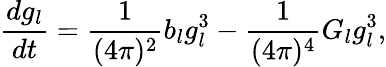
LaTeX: \frac{dg_{l}}{dt}=\frac{1}{(4\pi)^{2}}b_{l}g_{l}^{3}-\frac{1}{(4\pi)^{4}}G_{l}g_{l}^{3},